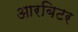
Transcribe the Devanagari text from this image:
आरबिटर